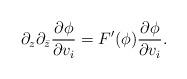
LaTeX: \begin{align*}\partial_z \partial_{\bar z} \frac{\partial \phi}{\partial v_i} =F'(\phi)\frac{\partial \phi}{\partial v_i}.\end{align*}